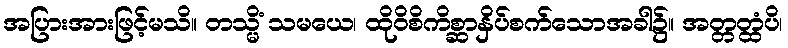
အပြားအားဖြင့်မသိ။ တသ္မိံ သမယေ၊ ထိုဝိစိကိစ္ဆာနှိပ်စက်သောအခါ၌။ အတ္တတ္ထံပိ၊